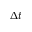
\Delta t